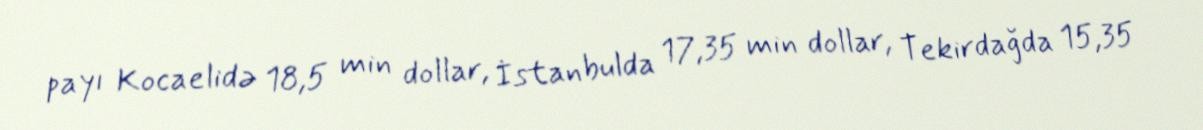
payı Kocaelidə 18,5 min dollar, İstanbulda 17,35 min dollar, Tekirdağda 15,35